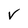
Character: V